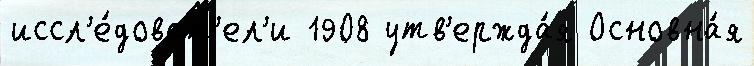
иссл'е́доват'ел'и 1908 утв'ержда́я Основна́я